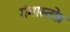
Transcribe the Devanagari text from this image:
गंगास्तोत्र